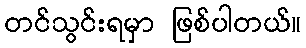
တင်သွင်းရမှာ ဖြစ်ပါတယ်။